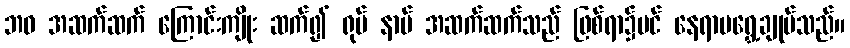
ဘဝ အဆက်ဆက် ကြောင်းကျိုး ဆက်၍ ရုပ် နာမ် အဆက်ဆက်သည် ဖြစ်ရာ၌ပင် နေရာမရွှေ့ချုပ်သည်။